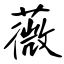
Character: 薇